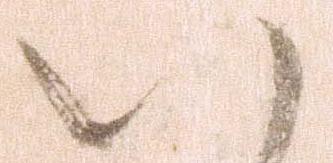
い